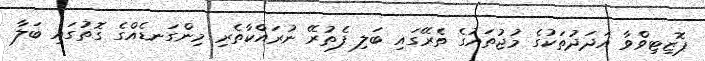
ޕޮޒިޓިވްވާ އަދަދުތަކުގެ މުޖުތައުގެ ތެރޭގައި ބަލި ފެތުރޭ ނުރައްކާތެރި މިންގަނޑެއްގެ ގޮތުގައި ބަލާ